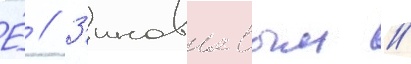
Е́ // З'иновьевым //